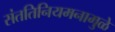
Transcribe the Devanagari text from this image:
संततिनियमनामुळे